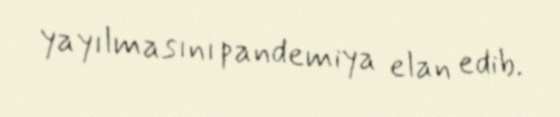
yayılmasını pandemiya elan edib.